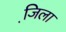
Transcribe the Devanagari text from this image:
जि़ला